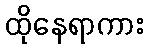
ထိုနေရာကား